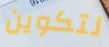
لتكوين